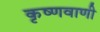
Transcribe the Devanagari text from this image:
कृष्णवाणी